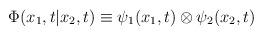
LaTeX: \begin{align*}{\Phi}(x_1,t|x_2,t) \equiv {\psi}_1(x_1,t) \otimes {\psi}_2(x_2,t)\end{align*}